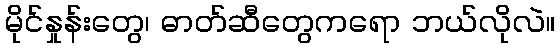
မိုင်နှုန်းတွေ၊ ဓာတ်ဆီတွေကရော ဘယ်လိုလဲ။